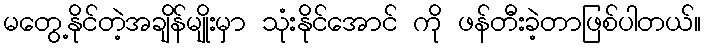
မတွေ့နိုင်တဲ့အချိန်မျိုးမှာ သုံးနိုင်အောင် ကို ဖန်တီးခဲ့တာဖြစ်ပါတယ်။